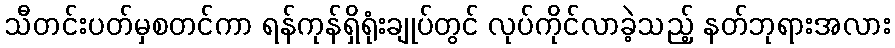
သီတင်းပတ်မှစတင်ကာ ရန်ကုန်ရှိရုံးချုပ်တွင် လုပ်ကိုင်လာခဲ့သည့် နတ်ဘုရားအလား